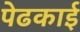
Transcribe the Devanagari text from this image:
पेढकाई